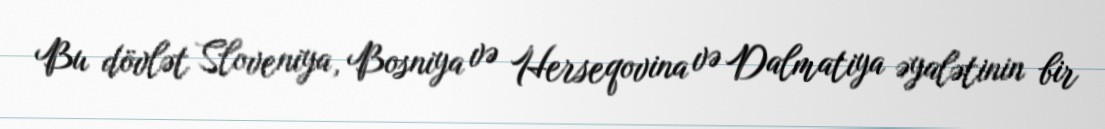
Bu dövlət Sloveniya, Bosniya və Herseqovina və Dalmatiya əyalətinin bir